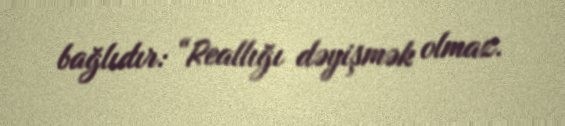
bağlıdır: “Reallığı dəyişmək olmaz.